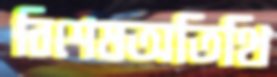
বিশেষঅতিথি